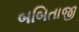
બબિતાજી